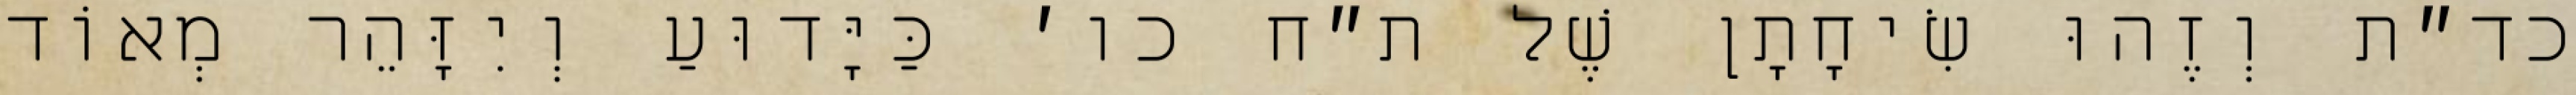
כד״ת וְזֶהוּ שִׂיחָתָן שֶׁל ת״ח כו׳ כַּיָּדוּעַ וְיִזָּהֵר מְאוֹד